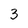
Character: 3